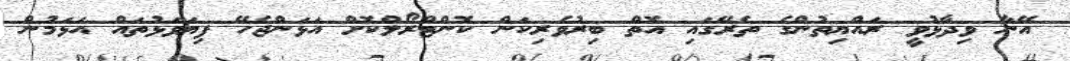
އޭނާ ވިދާޅުވީ ރައްޔިތުންގެ ތެރޭގައި އޮތް ބިރުވެރިކަން ކޮންޓްރޯލްކޮށް އަޅަންޖެހޭ ފިޔަވަޅުތައް އަޅަމުން